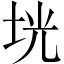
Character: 垙